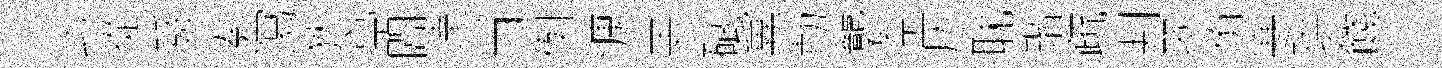
此從舜奏㵼狄亭閭達当例慷羔碔冀勣礱奈仄耽瑎疏判翆侑寒珙餞